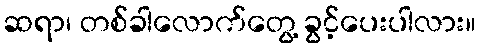
ဆရာ၊ တစ်ခါလောက်တွေ့ ခွင့်ပေးပါလား။